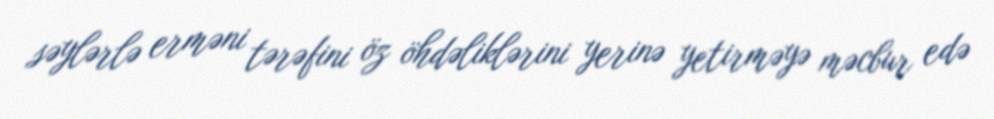
səylərlə erməni tərəfini öz öhdəliklərini yerinə yetirməyə məcbur edə